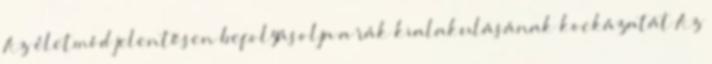
Az életmód jelentősen befolyásolja a rák kialakulásának kockázatát Az